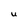
Character: U